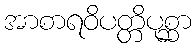
အာစာရဝိပတ္တိပုစ္ဆာ